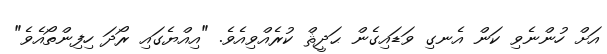
އަށް ހުންނެވި ކަން އެނގި ވަޑައިގެން ޙަދީޘް ކުރެއްވިއެވެ. "އިއްޔެގައި ރޯދަ ހިފިންތޯއެވެ"